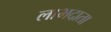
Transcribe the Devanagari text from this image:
लाभदाता